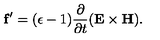
{ \bf f } ^ { \prime } = ( \epsilon - 1 ) { \frac { \partial } { \partial t } } ( { \bf E \times H } ) .